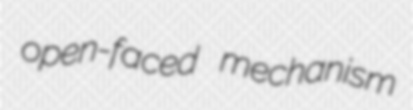
open-faced mechanism